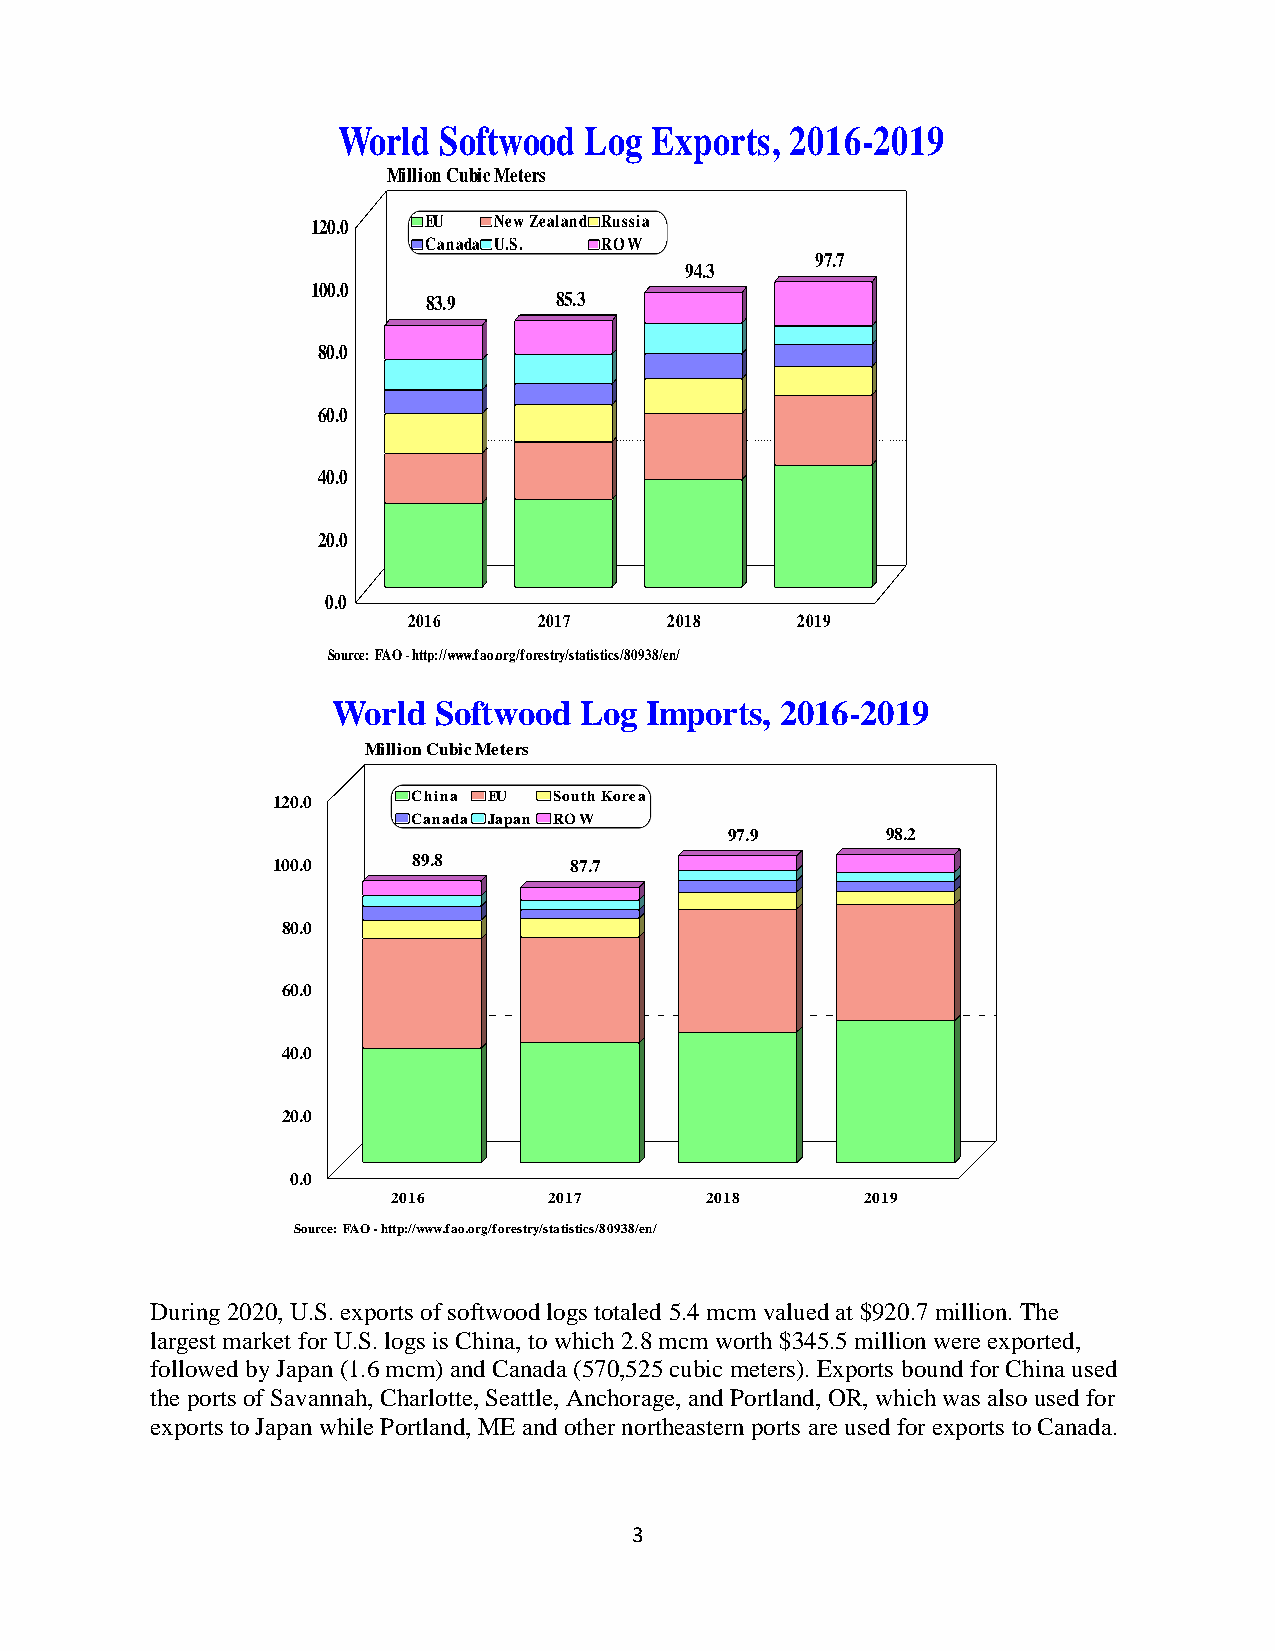
During 2020, U.S. exports of softwood logs totaled 5.4 mcm valued at $920.7 million. The
 largest market for U.S. logs is China, to which 2.8 mcm worth $345.5 million were exported,
 followed by Japan (1.6 mcm) and Canada (570,525 cubic meters). Exports bound for China used
 the ports of Savannah, Charlotte, Seattle, Anchorage, and Portland, OR, which was also used for
 exports to Japan while Portland, ME and other northeastern ports are used for exports to Canada.
 3
 1
 1
 2
 0
 8
 6
 4
 2
 W o r l d S o f t w o o d L o g
 M illio n C u b ic M e te r s
 E U  N e w Z e a la n d R u s s ia1 2 0 .0
 C a n a d a U .S . R O W
 1 0 0 .0
 8 5 .38 3 .9
 8 0 .0
 6 0 .0
 4 0 .0
 2 0 .0
 0 .0
 2 0 1 6  2 0 1 7
 S o u rce: F A O - h ttp ://w w w .fa o .o rg /fo restry/sta tistics/8 0 9 3
 W o r l d S o f t w o o d L o g I
 M illio n C u b ic M e te r s
 C h in a E U S o u th K o r e a0 .0
 C a n a d a J a p a n R O W
 8 9 .80 .0 8 7 .7
 0 .0
 0 .0
 0 .0
 0 .0
 0 .0
 2 0 1 6   2 0 1 7
 S o u rce: F A O - h ttp ://w w w .fa o .o rg /fo restry/sta tistics/8 0 9 3 8 /en
 E
 2
 8 /en
 m
 /
 x
 0
 /
 9
 1
 p
 p
 4
 8
 .3
 o
 2
 o
 0
 r
 r t
 9 7
 1 8
 t
 s
 .9
 s
 ,
 ,
 2
 2
 2
 0
 0
 0
 9
 1
 1
 1
 7 .7
 9
 6
 6
 -
 -
 2
 2
 2 0
 0 1
 9 8
 0 1 9
 1
 9
 .2
 9